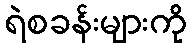
ရဲစခန်းများကို